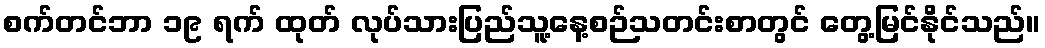
စက်တင်ဘာ ၁၉ ရက် ထုတ် လုပ်သားပြည်သူ့နေ့စဉ်သတင်းစာတွင် တွေ့မြင်နိုင်သည်။